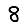
Digit: 8